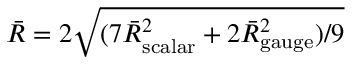
\bar { R } = 2 \sqrt { ( 7 \bar { R } _ { \mathrm { s c a l a r } } ^ { 2 } + 2 \bar { R } _ { \mathrm { g a u g e } } ^ { 2 } ) / 9 }